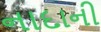
નાદાની